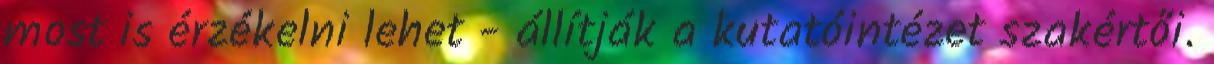
most is érzékelni lehet - állítják a kutatóintézet szakértői.